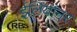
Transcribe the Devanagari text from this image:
ईलियानर